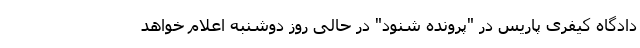
دادگاه کیفری پاریس در "پرونده شنود" در حالی روز دوشنبه اعلام خواهد